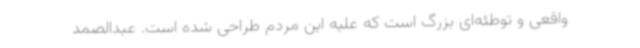
واقعی و توطئه‌ای بزرگ است که علیه این مردم طراحی شده است. عبدالصمد